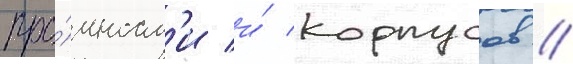
про́чност'и и́ корпусов /